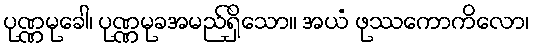
ပုဏ္ဏမုခေါ၊ ပုဏ္ဏမုခအမည်ရှိသော။ အယံ ဖုဿကောကိလော၊